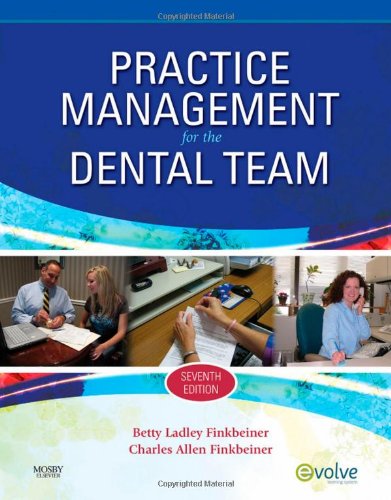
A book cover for Practice Management for the Dental Team, 7e; Betty Ladley Finkbeiner CDA Emeritus  RDA  BS  MS; Medical Books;